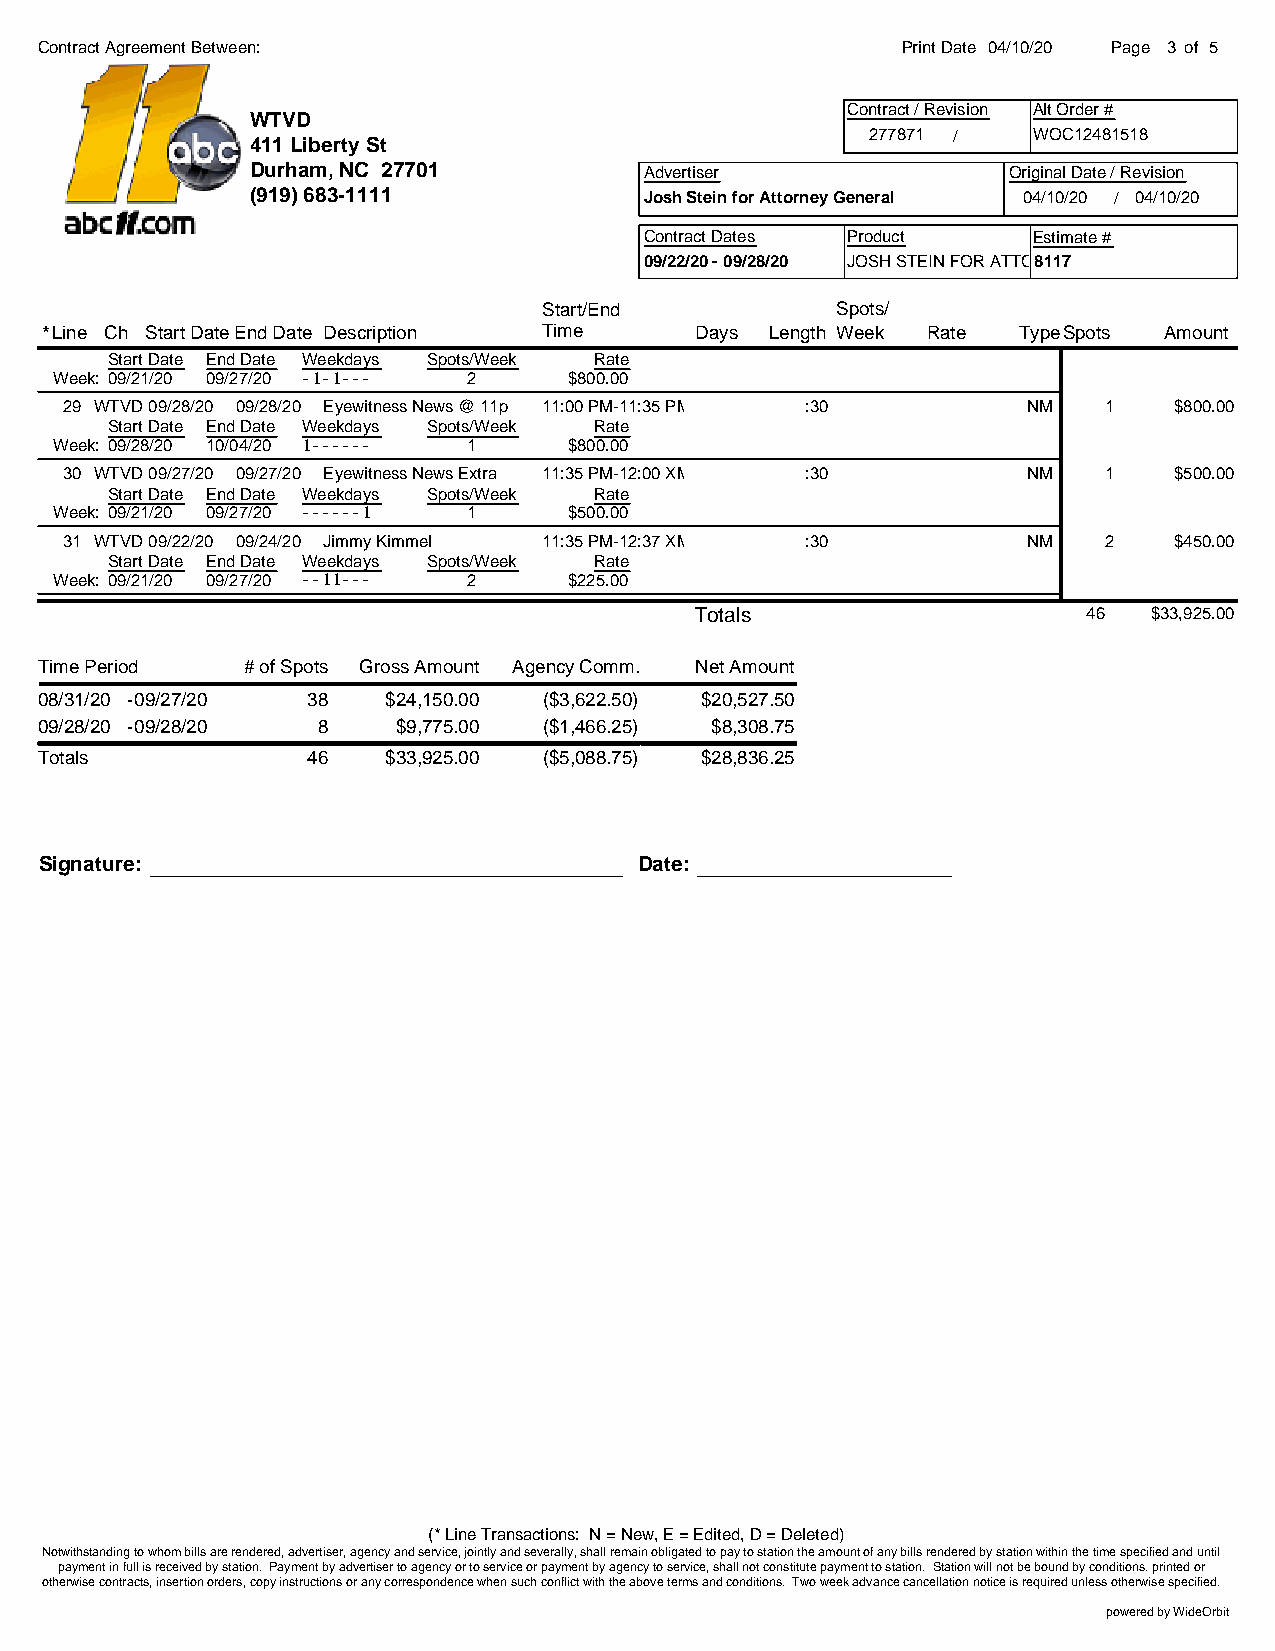
Contract Agreement Between:                               Print Date 04/10/20 Page 3 of 5
 Contract / Revision Alt Order #
 WTVD
 277871 /  WOC12481518
 411 Liberty St
 Durham, NC 27701          Advertiser              Original Date / Revision
 (919) 683-1111            Josh Stein for Attorney General 04/10/20 / 04/10/20
 Contract Dates Product   Estimate #
 09/22/20 - 09/28/20 JOSH STEIN FOR ATTOR81N1E7Y GENERAL (CS)
 Start/End          Spots/
 *Line Ch Start DateEnd Date Description Time Days Length Week Rate TypeSpots Amount
 Start Date End Date Weekdays Spots/Week Rate
 Week: 09/21/20 09/27/20 -1-1--- 2 $800.00
 29 WTVD09/28/20 09/28/20 Eyewitness News @ 11p 11:00 PM-11:35 PM :30 NM 1 $800.00
 Start Date End Date Weekdays Spots/Week Rate
 Week: 09/28/20 10/04/20 1------ 1 $800.00
 30 WTVD09/27/20 09/27/20 Eyewitness News Extra 11:35 PM-12:00 XM :30 NM 1 $500.00
 Start Date End Date Weekdays Spots/Week Rate
 Week: 09/21/20 09/27/20 ------1 1 $500.00
 31 WTVD09/22/20 09/24/20 Jimmy Kimmel 11:35 PM-12:37 XM :30     NM   2    $450.00
 Start Date End Date Weekdays Spots/Week Rate
 Week: 09/21/20 09/27/20 --11--- 2 $225.00
 Totals                    46  $33,925.00
 Time Period   # of Spots Gross Amount Agency Comm. Net Amount
 08/31/20 -09/27/20 38   $24,150.00 ($3,622.50) $20,527.50
 09/28/20 -09/28/20 8    $9,775.00 ($1,466.25) $8,308.75
 Totals            46    $33,925.00 ($5,088.75) $28,836.25
 Signature:                             Date:
 (* Line Transactions: N = New, E = Edited, D = Deleted)
 Notwithstanding to whom bills are rendered, advertiser, agency and service, jointly and severally, shall remain obligated to pay to station the amount of any bills rendered by station within the time specified and until
 payment in full is received by station. Payment by advertiser to agency or to service or payment by agency to service, shall not constitute payment to station. Station will not be bound by conditions. printed or
 otherwise contracts, insertion orders, copy instructions or any correspondence when such conflict with the above terms and conditions. Two week advance cancellation notice is required unless otherwise specified.
 powered by WideOrbit